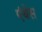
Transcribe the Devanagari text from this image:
एंथेस